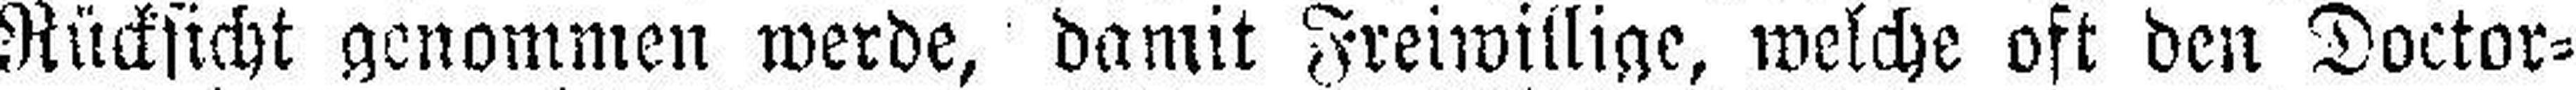
Rücksicht genommen werde, damit Freiwillige, welche oft den Doctor¬